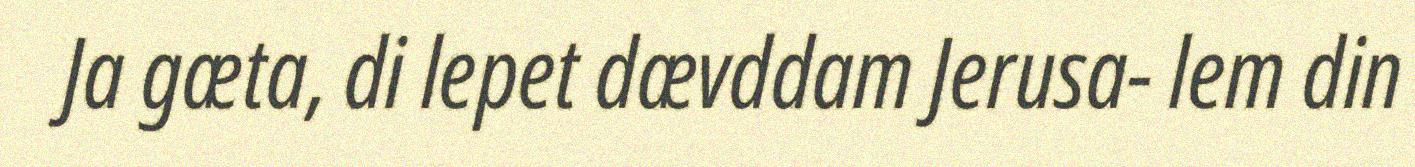
Ja gæta, di lepet dævddam Jerusa- lem din